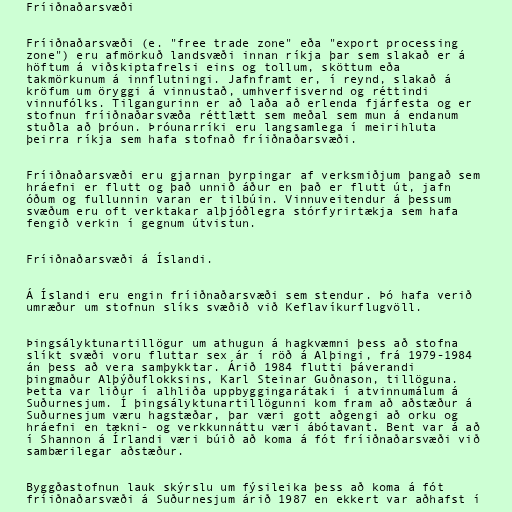
Fríiðnaðarsvæði

Fríiðnaðarsvæði (e. "free trade zone" eða "export processing
zone") eru afmörkuð landsvæði innan ríkja þar sem slakað er á
höftum á viðskiptafrelsi eins og tollum, sköttum eða
takmörkunum á innflutningi. Jafnframt er, í reynd, slakað á
kröfum um öryggi á vinnustað, umhverfisvernd og réttindi
vinnufólks. Tilgangurinn er að laða að erlenda fjárfesta og er
stofnun fríiðnaðarsvæða réttlætt sem meðal sem mun á endanum
stuðla að þróun. Þróunarríki eru langsamlega í meirihluta
þeirra ríkja sem hafa stofnað fríiðnaðarsvæði.

Fríiðnaðarsvæði eru gjarnan þyrpingar af verksmiðjum þangað sem
hráefni er flutt og það unnið áður en það er flutt út, jafn
óðum og fullunnin varan er tilbúin. Vinnuveitendur á þessum
svæðum eru oft verktakar alþjóðlegra stórfyrirtækja sem hafa
fengið verkin í gegnum útvistun.

Fríiðnaðarsvæði á Íslandi.

Á Íslandi eru engin fríiðnaðarsvæði sem stendur. Þó hafa verið
umræður um stofnun slíks svæðið við Keflavíkurflugvöll.

Þingsályktunartillögur um athugun á hagkvæmni þess að stofna
slíkt svæði voru fluttar sex ár í röð á Alþingi, frá 1979-1984
án þess að vera samþykktar. Árið 1984 flutti þáverandi
þingmaður Alþýðuflokksins, Karl Steinar Guðnason, tillöguna.
Þetta var liður í alhliða uppbyggingarátaki í atvinnumálum á
Suðurnesjum. Í þingsályktunartillögunni kom fram að aðstæður á
Suðurnesjum væru hagstæðar, þar væri gott aðgengi að orku og
hráefni en tækni- og verkkunnáttu væri ábótavant. Bent var á að
í Shannon á Írlandi væri búið að koma á fót fríiðnaðarsvæði við
sambærilegar aðstæður.

Byggðastofnun lauk skýrslu um fýsileika þess að koma á fót
fríiðnaðarsvæði á Suðurnesjum árið 1987 en ekkert var aðhafst í